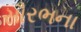
સૌરભના